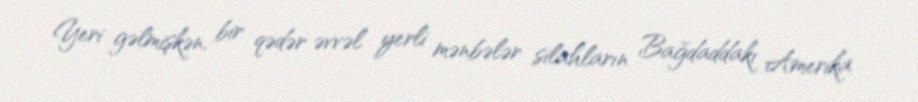
Yeri gəlmişkən, bir qədər əvvəl yerli mənbələr silahların Bağdaddakı Amerika